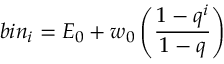
b i n _ { i } = E _ { 0 } + w _ { 0 } \left( \frac { 1 - q ^ { i } } { 1 - q } \right)